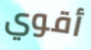
أقوي